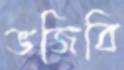
ভজিবি